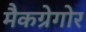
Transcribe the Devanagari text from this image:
मैकग्रेगोर